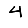
Digit: 4